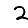
Digit: 2